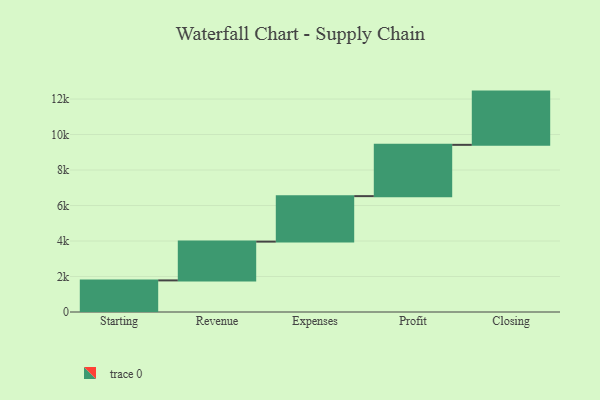
{"axis": {"x": "Step", "y": "Value"}, "legend": [""], "data": [{"x": "Starting", "y": 1781.0, "type": ""}, {"x": "Revenue", "y": 2185.0, "type": ""}, {"x": "Expenses", "y": 2563.0, "type": ""}, {"x": "Profit", "y": 2891.0, "type": ""}, {"x": "Closing", "y": 3000, "type": ""}]}